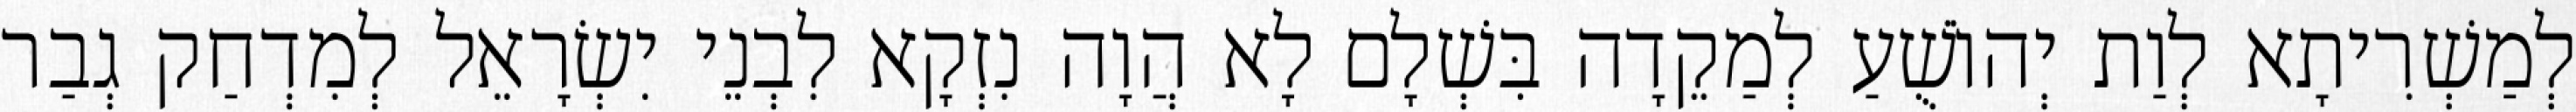
לְמַשְׁרִיתָא לְוַת יְהוֹשֻׁעַ לְמַקֵדָה בִּשְׁלָם לָא הֲוָה נִזְקָא לִבְנֵי יִשְׂרָאֵל לְמִדְחַק גְבַר